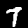
Label: 7